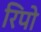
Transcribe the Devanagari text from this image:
रिपो